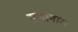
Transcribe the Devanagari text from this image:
सभागार।